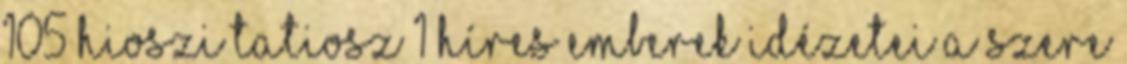
105 Hioszi Tatiosz 1 Híres emberek idézetei a szere